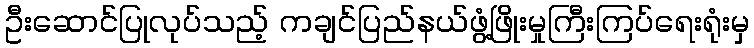
ဦးဆောင်ပြုလုပ်သည့် ကချင်ပြည်နယ်ဖွံ့ဖြိုးမှုကြီးကြပ်ရေးရုံးမှ